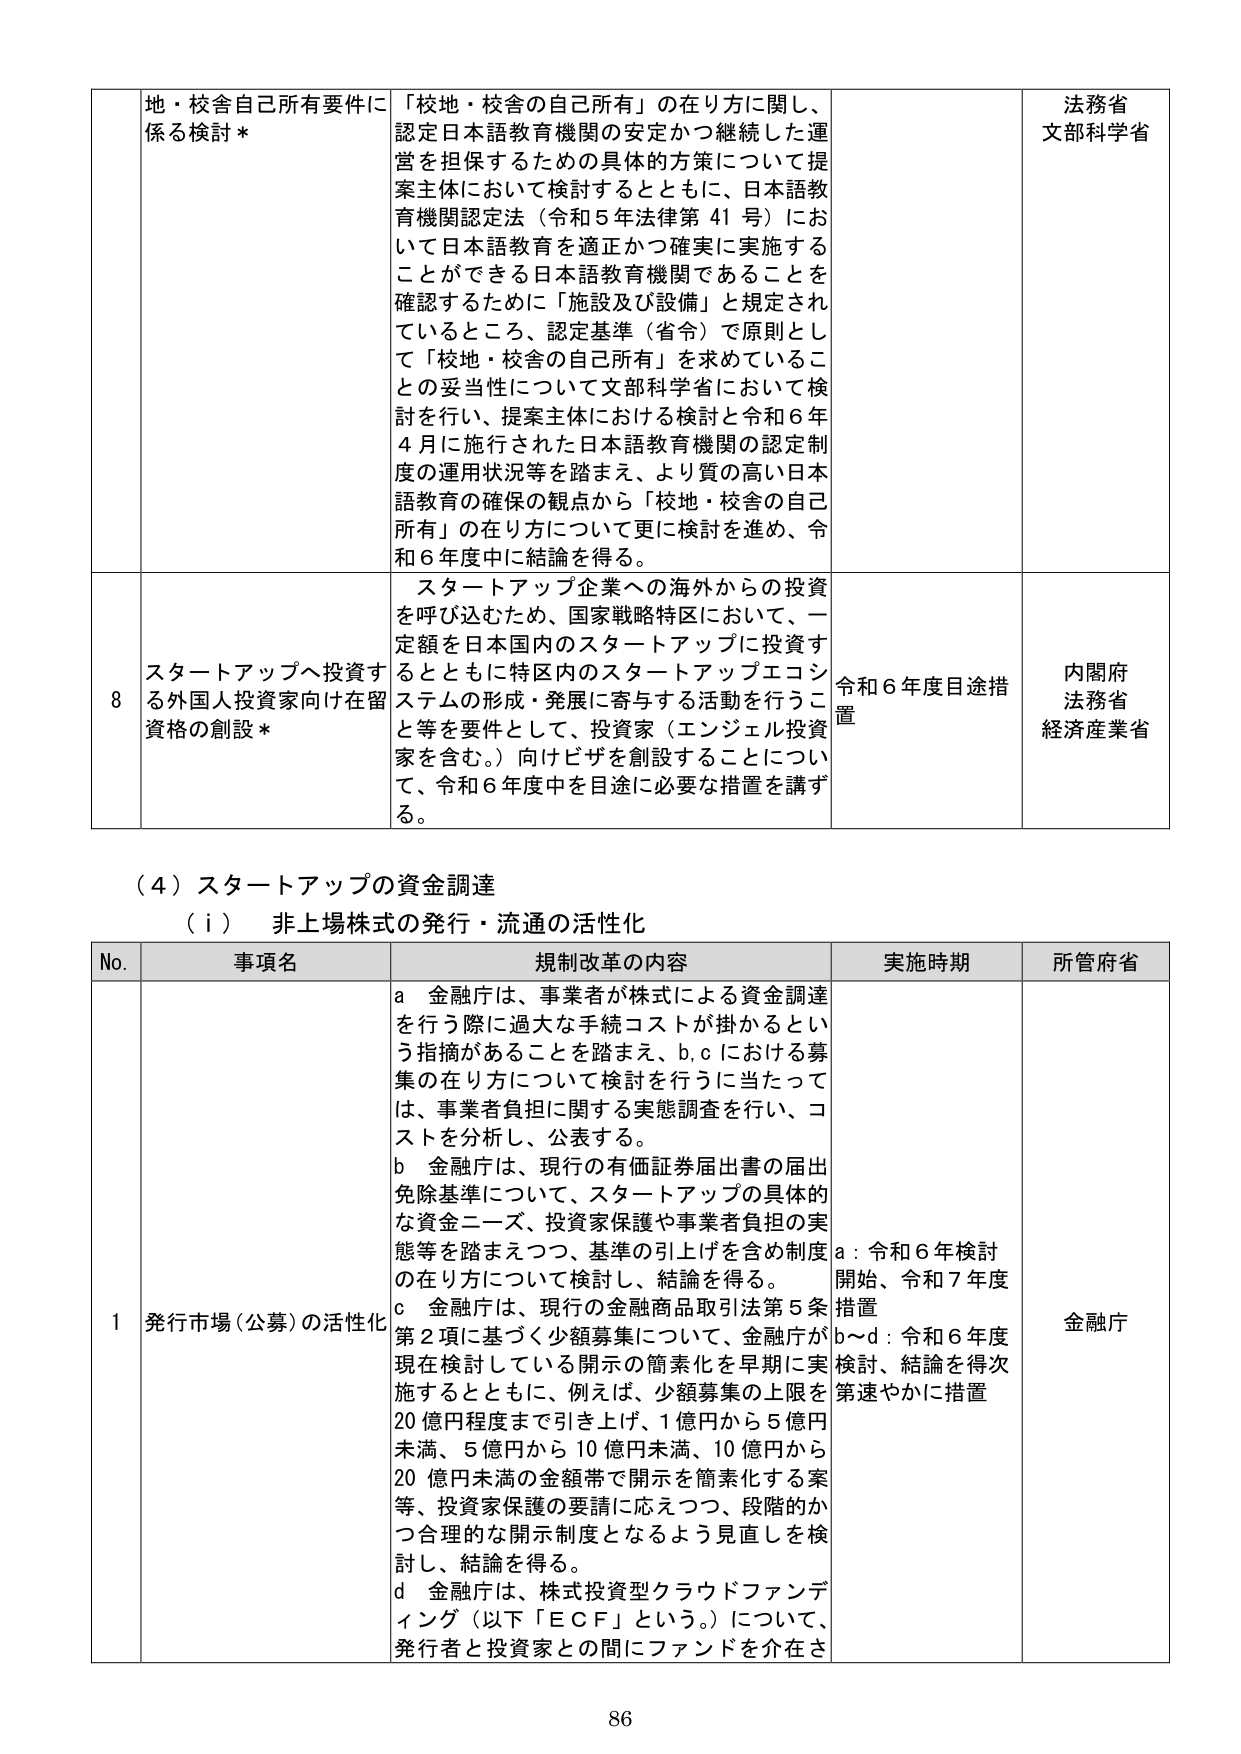
地・校舎自己所有要件に
係る検討＊
「校地・校舎の自己所有」の在り方に関して、
認定日本語教育機関の安定かつ継続した運
営を担保するための具体的方策について提
案主体において検討するとともに、日本語教
育機関認定法（令和５年法律第４１号）にお
いて日本語教育を適正かつ確実に実施する
ことができる日本語教育機関であることを
確認するために「施設及び設備」と規定され
ているところ、認定基準（省令）で原則とし
て「校地・校舎の自己所有」を求めているこ
との妥当性について文部科学省において検
討を行い、提案主体における検討と令和６年
４月に施行された日本語教育機関の認定制
度の運用状況等を踏まえ、より質の高い日本
語教育の確保の観点から「校地・校舎の自己
所有」の在り方について更に検討を進め、令
和６年度中に結論を得る。
法務省
文部科学省

８ スタートアップへ投資す
る外国人投資家向け在留
資格の創設＊
スタートアップ企業への海外からの投資
を呼び込むため、国家戦略特区において、一
定額を日本国内のスタートアップに投資す
るとともに特区内のスタートアップエコシ
ステムの形成・発展に寄与する活動を行うこ
と等を要件として、投資家（エンジェル投資
家を含む。）向けビザを創設することについ
て、令和６年度中を目途に必要な措置を講ず
る。
令和６年度目途措
置
内閣府
法務省
経済産業省

（４）スタートアップの資金調達
（ⅰ） 非上場株式の発行・流通の活性化

No. 事項名 規制改革の内容 実施時期 所管府省

１ 発行市場（公募）の活性化
ａ 金融庁は、事業者が株式による資金調達
を行う際に過大な手続コストが掛かるとい
う指摘があることを踏まえ、ｂ、ｃにおける募
集の在り方について検討を行うに当たって
は、事業者負担に関する実態調査を行い、コ
ストを分析し、公表する。
ｂ 金融庁は、現行の有価証券届出書の届出
免除基準について、スタートアップの具体的
な資金ニーズ、投資家保護や事業者負担の実
態等を踏まえつつ、基準の引上げを含め制度
の在り方について検討し、結論を得る。
ｃ 金融庁は、現行の金融商品取引法第５条
第２項に基づく少額募集について、金融庁が
現在検討している開示の簡素化を早期に実
施するとともに、例えば、少額募集の上限を
20億円程度まで引き上げ、1億円から5億円
未満、5億円から10億円未満、10億円から
20億円未満の金額帯で開示を簡素化する案
等、投資家保護の要請に応えつつ、段階的か
つ合理的な開示制度となるよう見直しを検
討し、結論を得る。
ｄ 金融庁は、株式投資型クラウドファンデ
ィング（以下「ＥＣＦ」という。）について、
発行者と投資家との間にファンドを介在さ
ａ：令和６年検討
開始、令和７年度
措置
ｂ～ｄ：令和６年度
検討、結論を得次
第速やかに措置
金融庁

86